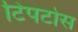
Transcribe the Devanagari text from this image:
टिपटोस